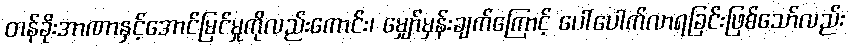
တန်ခိုးအာဏာနှင့်အောင်မြင်မှုကိုလည်းကောင်း၊ မျှော်မှန်းချက်ကြောင့် ပေါ်ပေါက်လာရခြင်းဖြစ်သော်လည်း